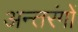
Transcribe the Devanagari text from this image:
अन्तरंगों